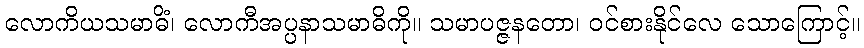
လောကိယသမာဓိံ၊ လောကီအပ္ပနာသမာဓိကို။ သမာပဇ္ဇနတော၊ ဝင်စားနိုင်လေ သောကြောင့်။